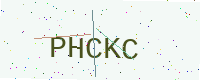
Text: PHCKC